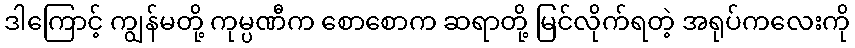
ဒါကြောင့် ကျွန်မတို့ ကုမ္ပဏီက စောစောက ဆရာတို့ မြင်လိုက်ရတဲ့ အရုပ်ကလေးကို